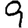
Digit: 9